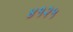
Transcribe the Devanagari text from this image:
४१२५